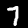
Label: 7